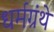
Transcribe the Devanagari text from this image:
धर्मग्रंथे